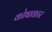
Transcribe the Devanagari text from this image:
कोषाकार